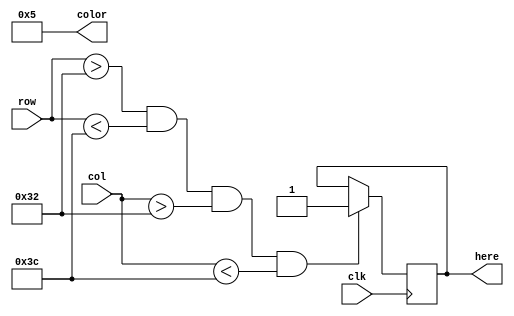
module fade_block(row, col, clk, here, color);

	input clk;
	
	input [8:0] row;
	input [9:0] col;
	
	reg[18:0] x, y;
	reg[31:0] counter;
	
	reg there, block_is_here;
	
	output here;
	output [7:0] color;
	
	initial
	begin
		x <= 18'd50;
		y <= 18'd50;
	end
	
	always @(posedge clk)
	begin
		/*if(counter >= 32'd4000000)
			counter <= 32'd0;
		
		if (counter <= 32'd2000000)	
			there <= 1'b1;
		else if (counter > 32'd2000000)	
			there <= 1'b0;*/
		
		counter <= counter + 1;
		
		if ((row > y) && (row < y + 19'd10) && (col > x) && (col < x + 19'd10))
		begin
			block_is_here <= 1'b1;
		end
	end
	
	assign here = block_is_here;
	assign color = 8'd5;
	
endmodule